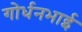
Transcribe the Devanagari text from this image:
गोर्धनभाई